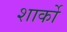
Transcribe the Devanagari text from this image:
शार्को